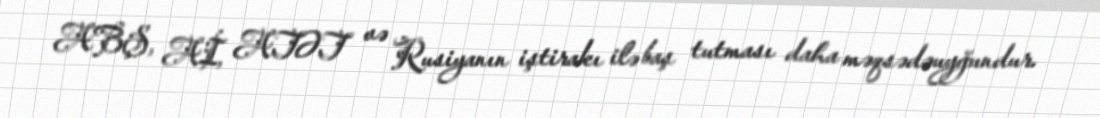
ABŞ, Aİ, ATƏT və Rusiyanın iştirakı ilə baş tutması daha məqsədəuyğundur.